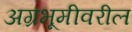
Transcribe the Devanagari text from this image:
अग्रभूमीवरील